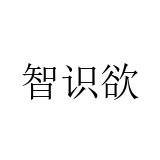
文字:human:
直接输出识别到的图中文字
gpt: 智识欲